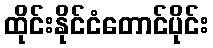
ထိုင်းနိုင်ငံတောင်ပိုင်း